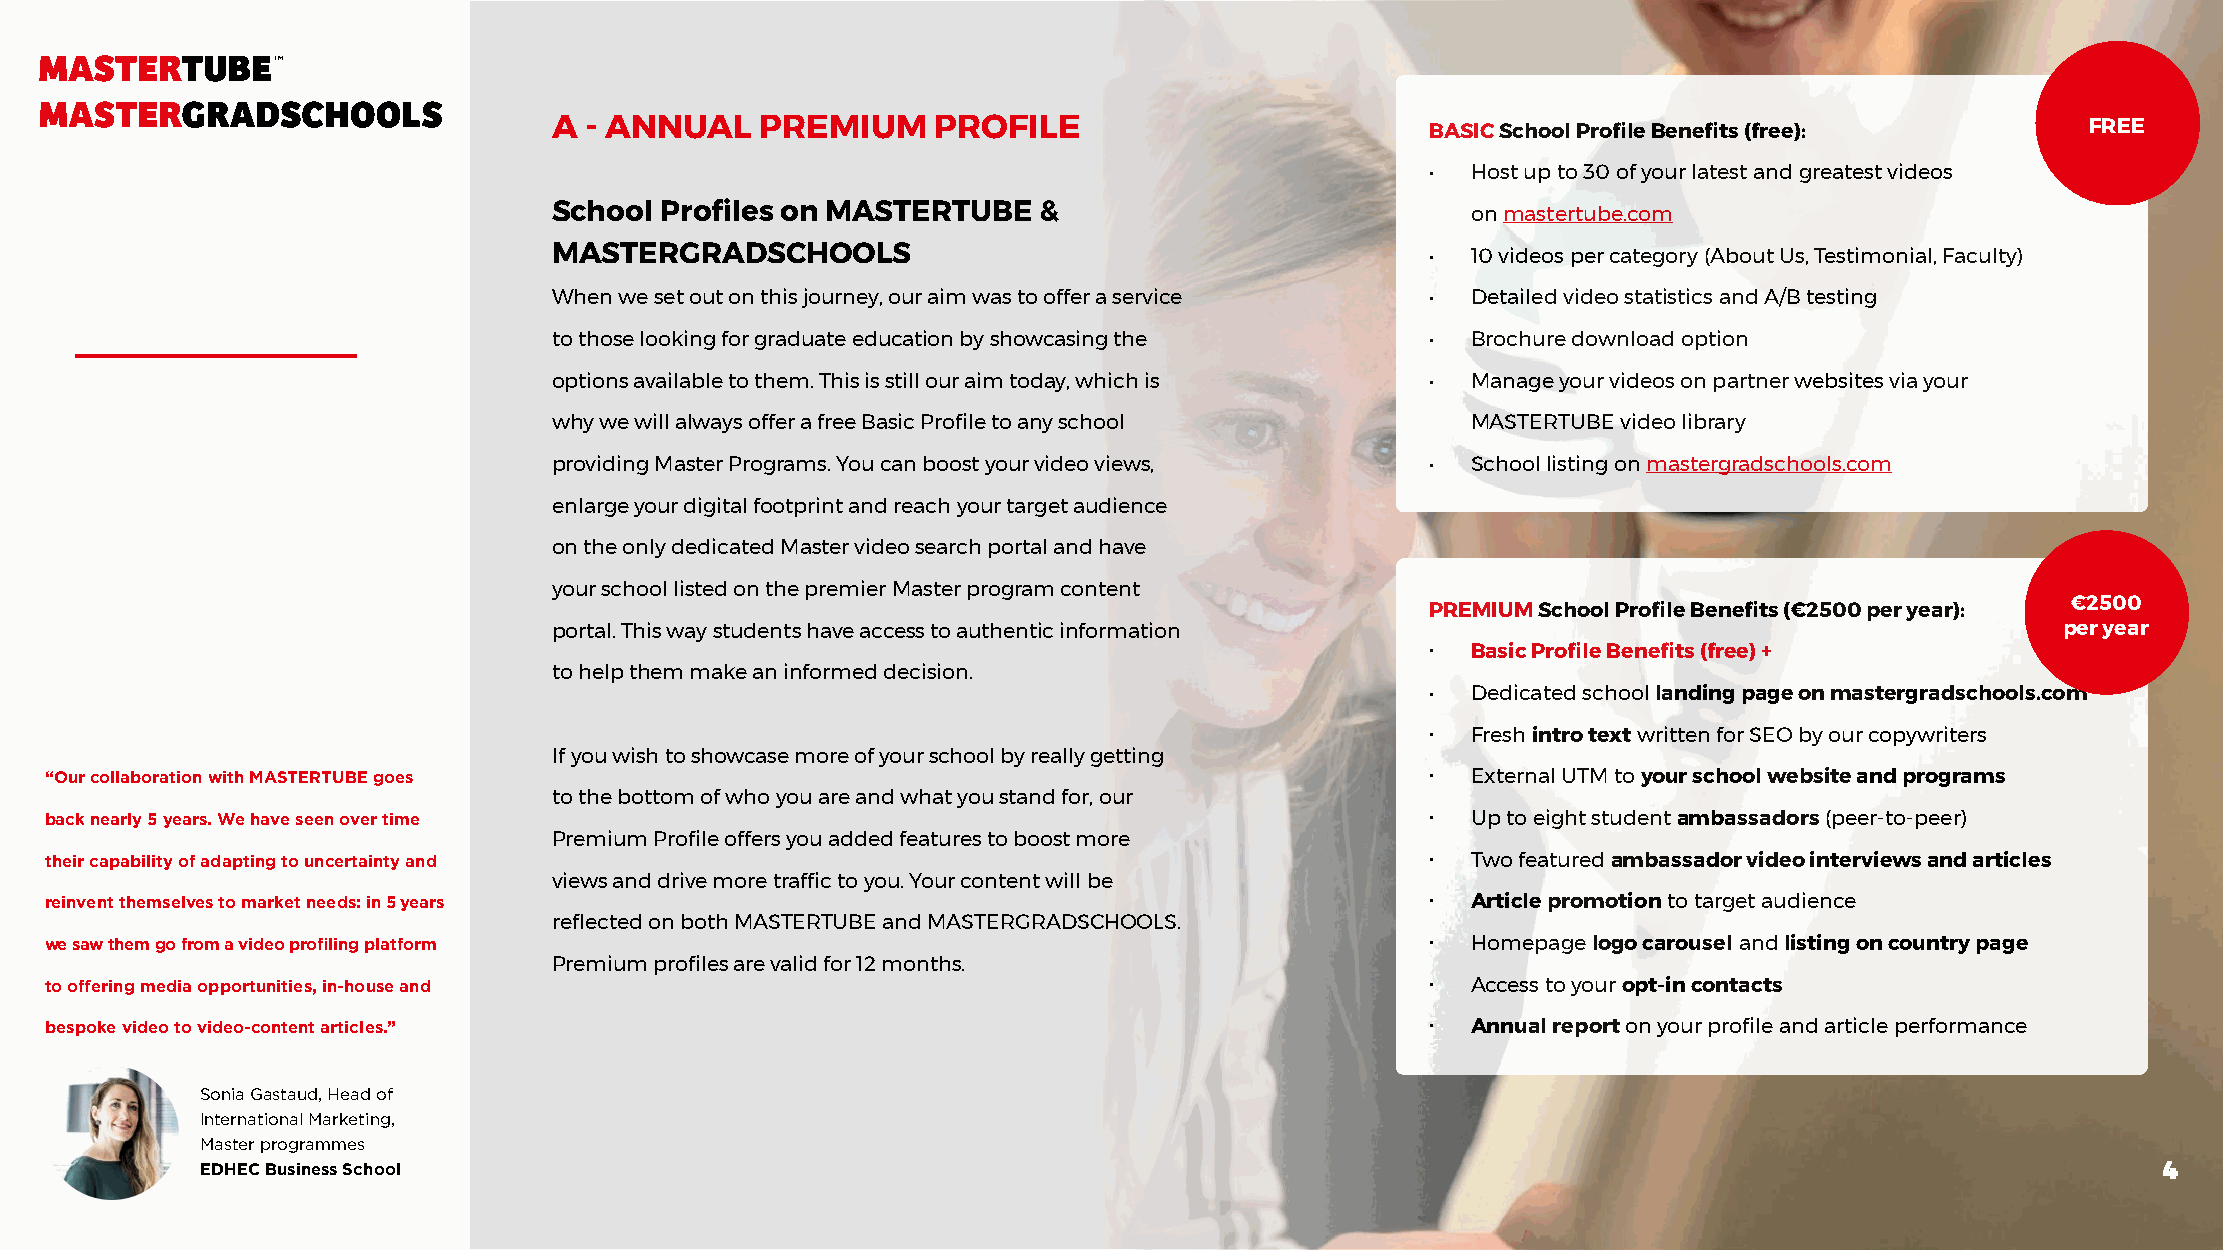
A - ANNUAL   PREMIUM     PROFILE                          BASIC School Profile Benefits (free):      FREE
 • Host up to 30 of your latest and greatest videos
 School Profiles on MASTERTUBE   &                           on mastertube.com
 MASTERGRADSCHOOLS                                         • 10 videos per category (About Us, Testimonial, Faculty)
 When we set out on this journey, our aim was to offer a service • Detailed video statistics and A/B testing
 to those looking for graduate education by showcasing the • Brochure download option
 options available to them. This is still our aim today, which is • Manage your videos on partner websites via your
 why we will always offer a free Basic Profile to any school MASTERTUBE video library
 providing Master Programs. You can boost your video views, • School listing on mastergradschools.com
 enlarge your digital footprint and reach your target audience
 on the only dedicated Master video search portal and have
 your school listed on the premier Master program content
 €2500
 PREMIUM School Profile Benefits (€2500 per year):
 portal. This way students have access to authentic information                                      per year
 • Basic Profile Benefits (free) +
 to help them make an informed decision.
 • Dedicated school landing page on mastergradschools.com
 • Fresh intro text written for SEO by our copywriters
 If you wish to showcase more of your school by really getting
 “Our collaboration with MASTERTUBE goes                                                     • External UTM to your school website and programs
 to the bottom of who you are and what you stand for, our
 back nearly 5 years. We have seen over time                                                 • Up to eight student ambassadors (peer-to-peer)
 Premium Profile offers you added features to boost more
 their capability of adapting to uncertainty and                                             • Two featured ambassador video interviews and articles
 views and drive more traffic to you. Your content will be
 reinvent themselves to market needs: in 5 years                                             • Article promotion to target audience
 reflected on both MASTERTUBE and MASTERGRADSCHOOLS.
 we saw them go from a video profiling platform                                              • Homepage logo carousel and listing on country page
 Premium profiles are valid for 12 months.
 to offering media opportunities, in-house and                                               • Access to your opt-in contacts
 bespoke video to video-content articles.”                                                   • Annual report on your profile and article performance
 Sonia Gastaud, Head of
 International Marketing,
 Master programmes
 EDHEC Business School                                                                                                             4